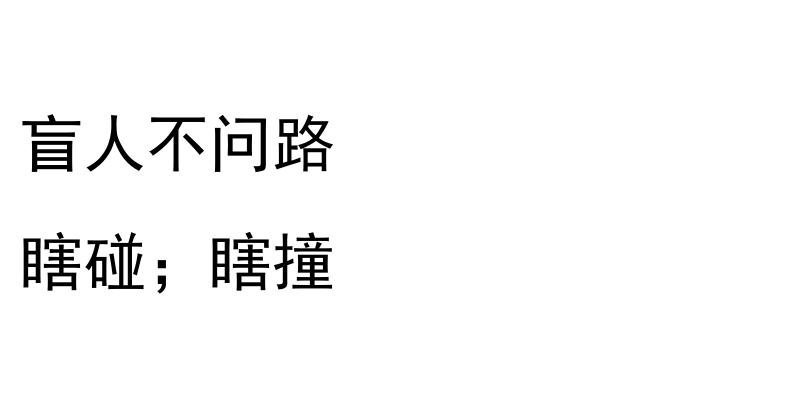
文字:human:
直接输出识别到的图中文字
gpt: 盲人不问路 瞎碰；瞎撞